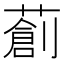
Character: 𦼃